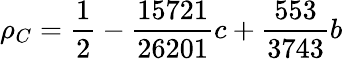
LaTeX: \rho_{C}=\frac{1}{2}-\frac{15721}{26201}c+\frac{553}{3743}b